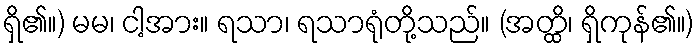
ရှိ၏။) မမ၊ ငါ့အား။ ရသာ၊ ရသာရုံတို့သည်။ (အတ္ထိ၊ ရှိကုန်၏။)